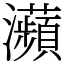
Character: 𤅖